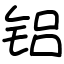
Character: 铝